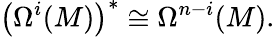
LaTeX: \left(\Omega^{i}(M)\right)^{*}\cong\Omega^{n-i}(M).